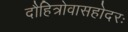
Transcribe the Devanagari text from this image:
दौहित्रोवासहोदरः